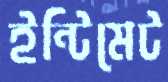
ইন্টিমেট